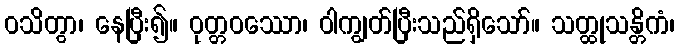
ဝသိတွာ၊ နေပြီး၍။ ဝုတ္တဝဿော၊ ဝါကျွတ်ပြီးသည်ရှိသော်။ သတ္ထုသန္တိကံ၊